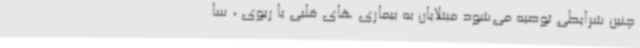
چنین شرایطی توصیه می‌شود مبتلایان به بیماری های قلبی یا ریوی ، سا